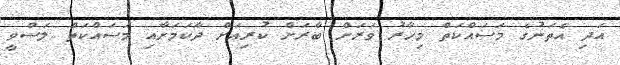
އަދި އެތަނުގެ މަސައްކަތް މިހާރު ވަރަށް ބާރަށް ކުރިއަށް ދާކަމަށާއި މަސައްކަތް ލަސްވީ